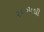
૨૦૦૫થી